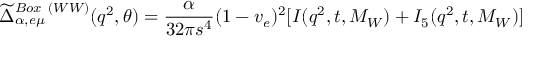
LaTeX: \widetilde { \Delta } _ { \alpha , e \mu } ^ { B o x ~ ( W W ) } ( q ^ { 2 } , \theta ) = { \frac { \alpha } { 3 2 \pi s ^ { 4 } } } ( 1 - v _ { e } ) ^ { 2 } [ I ( q ^ { 2 } , t , M _ { W } ) + I _ { 5 } ( q ^ { 2 } , t , M _ { W } ) ]